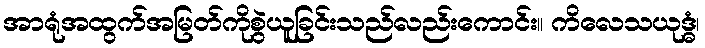
အာရုံအထွက်အမြတ်ကိုစွဲယူခြင်းသည်လည်းကောင်း။ ကိလေသယုဒ္ဓံ၊